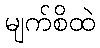
မျက်စိထဲ